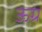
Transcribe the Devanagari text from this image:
ऊग्र